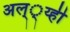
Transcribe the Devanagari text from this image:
अल््य्ही